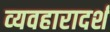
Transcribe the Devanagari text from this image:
व्‍यवहारादर्श